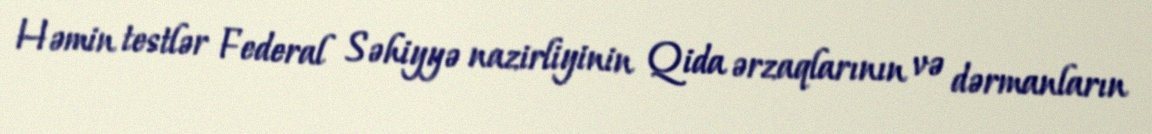
Həmin testlər Federal Səhiyyə nazirliyinin Qida ərzaqlarının və dərmanların